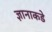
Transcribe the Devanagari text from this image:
ज्ञानाकडे